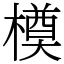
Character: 橂